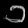
Digit: ၁